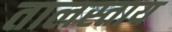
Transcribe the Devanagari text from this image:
तालस्ताय